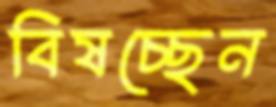
বিষচ্ছেন